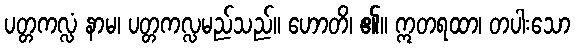
ပတ္တကလ္လံ နာမ၊ ပတ္တကလ္လမည်သည်။ ဟောတိ၊ ၏။ ဣတရထာ၊ တပါးသော